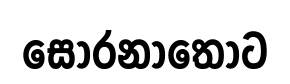
සොරනාතොට